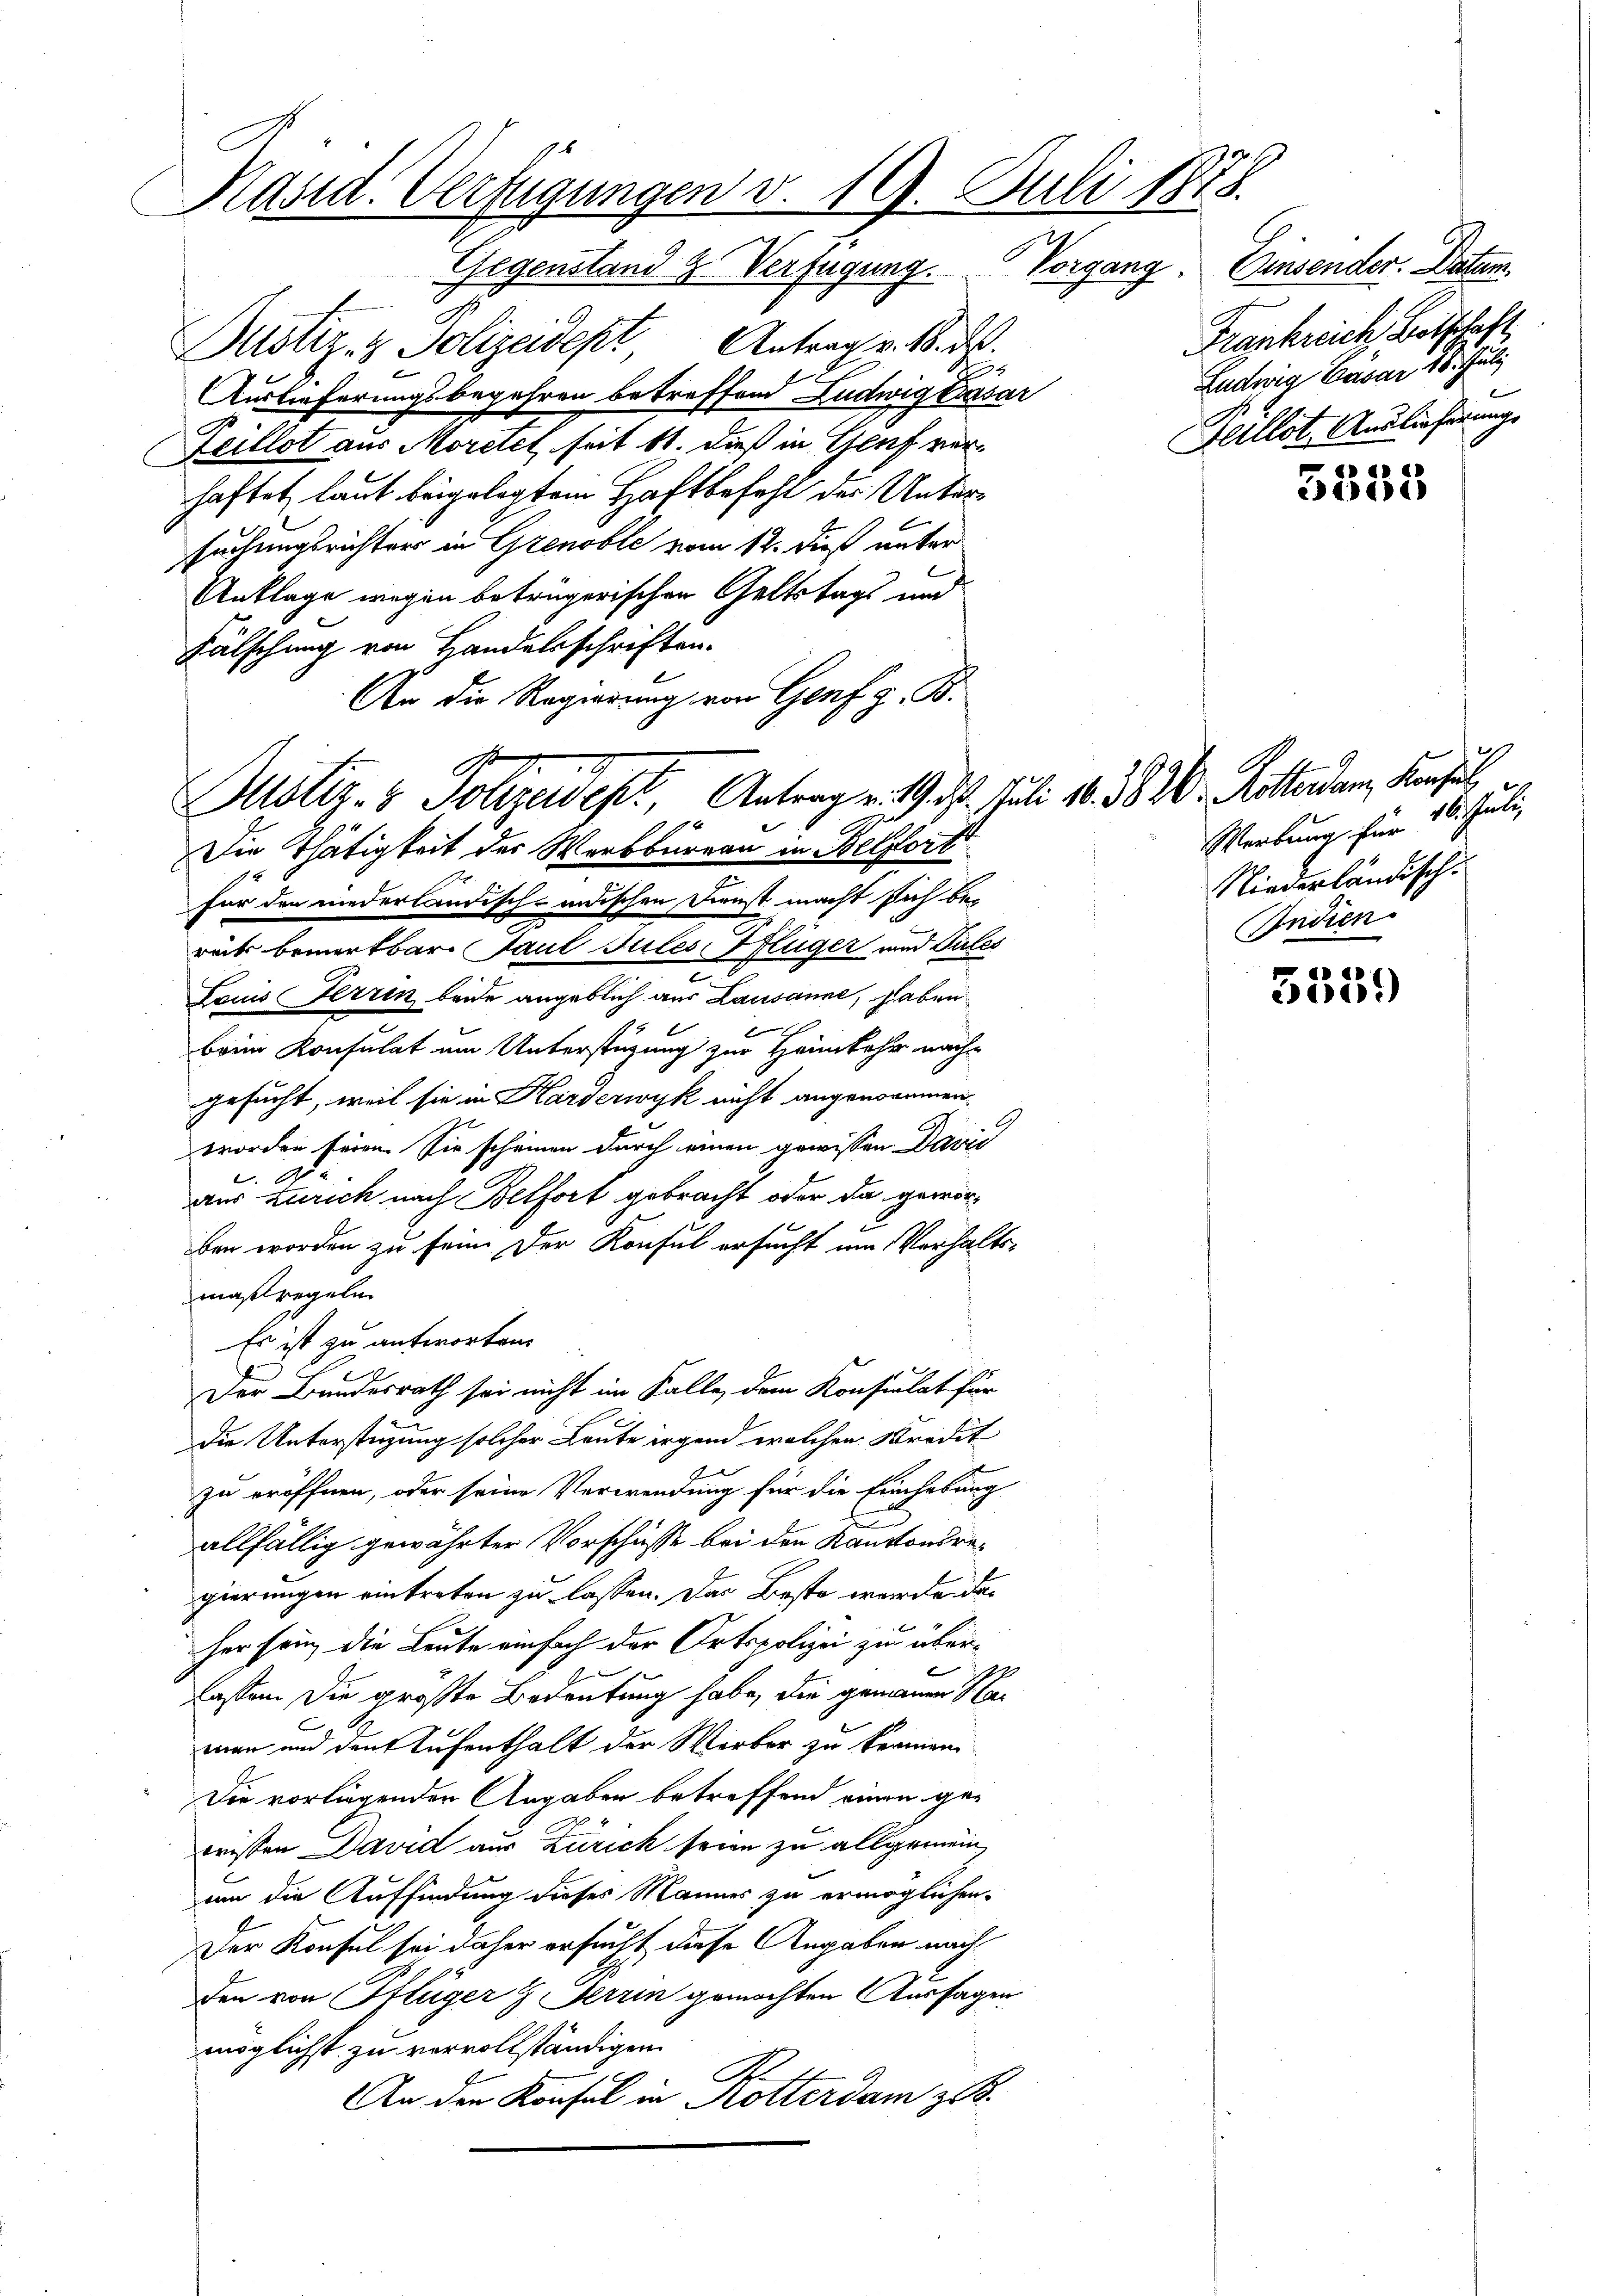
Käsid. Verfügungen v. 19. Juli 1875.

Gegenstand & Verfügung. Vorgang.
Pustiz- & Polizeidept Antrag v. 18. ds.
Auslieferungsbegehren betreffend Ludwig Dasar
Leillot aus Moritet seit 11. dieß in Genf verhaftet, laut beigelegtem Haftbefehl der Untersuchungsrichters in Grenoble vom 12. dieß unter¬
Anklage wegen betrügerischen Geltstags und
Fälschung von Handelsschriften-
An die Regierung von Genf z. B.
Die Thätigkeit des Werkbureau in Belfort
für den niederländisch-indischen Dienst macht sich berücks bemerkbar. Paul Jules, Pflüger und Dules
.
Lauis Terrin beide angeblich aus Lausanne, haben
a
6
beim Konsulat um Unterstüzung zur Heimkehr nach-
gesucht, weil sie in Harderwyk nicht angenommen.
worden seien. Sie scheinen durch einen gewissen Davić

aus Zürich nach Belfort gebracht oder da geworben worden zu sein. Der Konsul ersucht um Verhaltsmaßregeln
Es ist zu antworten.
Der Bundesrath sei nicht im Falle, dem Konsulat für
die Unterstüzung solcher Leute irgend welchen Kredit
zu eröffnen, oder seine Verwendung für die Einhebung
d
allfällig gewährter Vorschüsse bei den Kantonsregierungen eintreten zu lassen. Das Besto werden des
her sein, die Leute einfach der Ortspolizei zu überlassen die größte Bedeutung habe, die gemanen Naman und den Aufenthalt der Werber zu kennen.
Die vorliegenden Angaben betreffend einen gewristen David aus Zürich seien zu allgemeinum die Auffindung dieses Mannes zu ermöglichen
Der Konsul sei daher ersucht diese Angaben nach
den von Pflüger & Ferrin gemachten Aussagen
möglichst zu vervollständigen.
An den Konsul in Rotterdam z

A
Justiz- & Polizeides Antrag v. 19. d. Juli 18. 382. Rotterdam Konfer

Einsender. Datum.
Frankreich, Botschaft
Ludwig Gasar 18. Juli
Heillot, Auslieferung

5335

Werbung für des Juli
Niederländisch.
Andien

5559